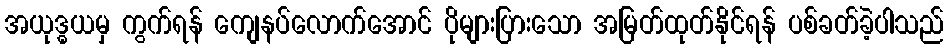
အယုဒ္ဓယမှ ကွက်ရန် ကျေနပ်လောက်အောင် ပိုများပြားသော အမြတ်ထုတ်နိုင်ရန် ပစ်ခတ်ခဲ့ပါသည်